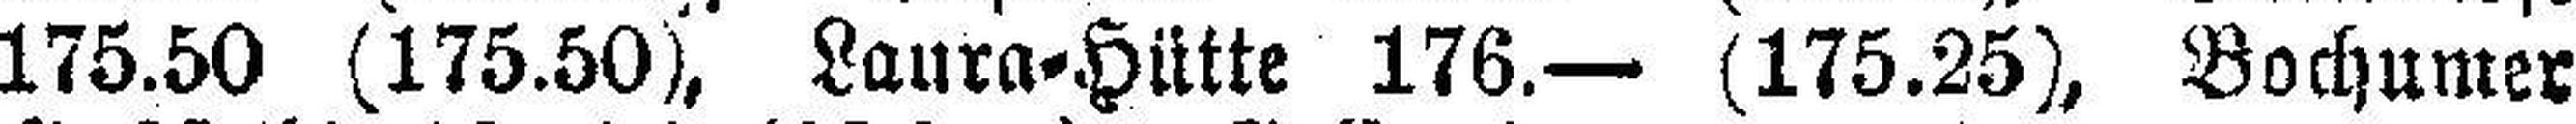
175.50 (175.50), Laura=Hütte 176.— (175.25), Bochumer